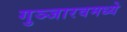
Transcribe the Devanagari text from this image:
गुञ्जारवमध्ये